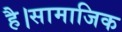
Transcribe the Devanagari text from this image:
है।सामाजिक